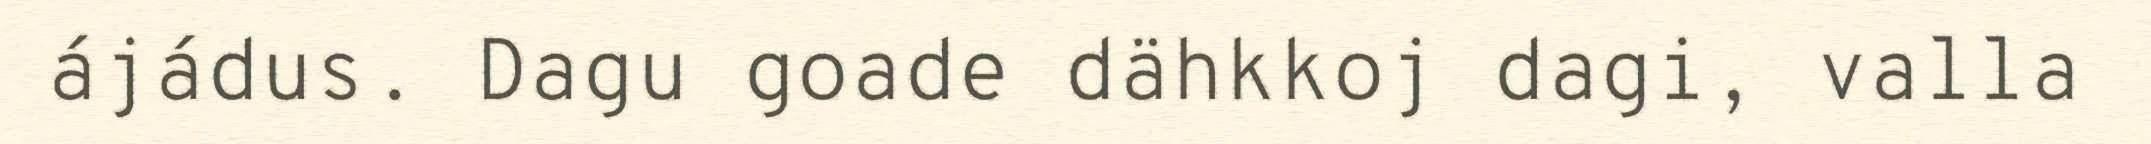
ájádus. Dagu goade dähkkoj dagi, valla